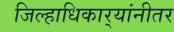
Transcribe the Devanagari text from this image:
जिल्हाधिकार्‍यांनीतर